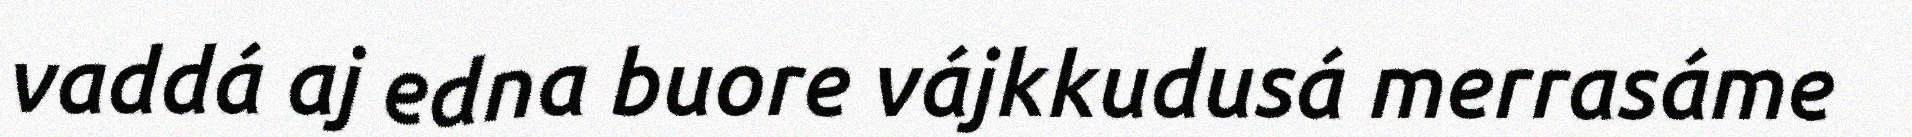
vaddá aj edna buore vájkkudusá merrasáme